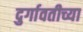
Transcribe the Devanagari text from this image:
दुर्गावतीच्या